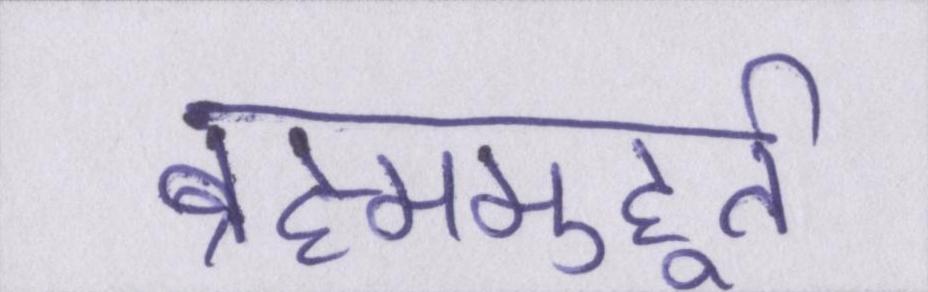
ब्रह्ममुहूर्त